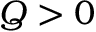
Q > 0